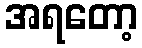
အရတော့